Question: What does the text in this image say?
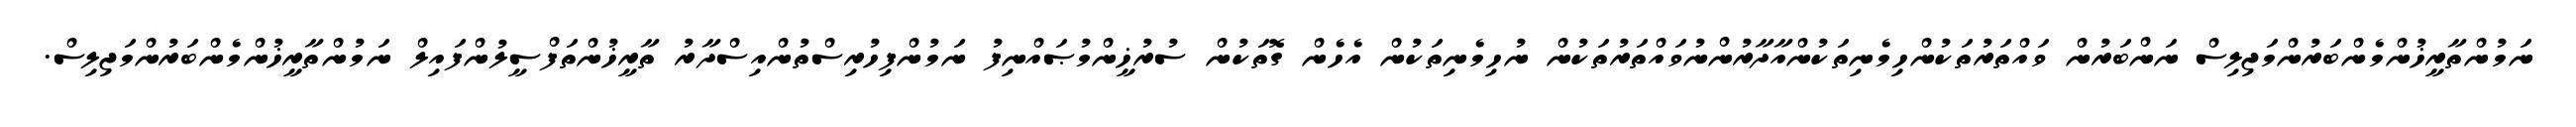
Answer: ނަމުންތާރީޚުންމެންބަރުންމަޖިލިސް ނަންބަރުން ވައްތަރުތަކުންހިމެނިތަކުންއާދާރުންނުވައްތަރުތަކުން ނުހިމެނިތަކުން އެހެން ގޮތަކުން ސުރުޚީންމުޞައްނިފު ނަމުންފިހުރިސްތުންއިސްދާރު ތާރީޚުންތަފްސީލުންފައިލް ނަމުންތާރީޚުންމެންބަރުންމަޖިލިސް.